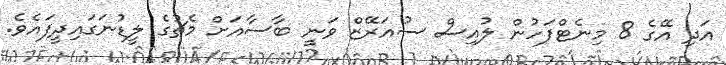
އަދި އޭގެ 8 މިނެޓްފަހުން ލުއިސް ސުއަރޭޒް ވަނީ ބާސާއަށް މެޗުގެ ލީޑުނަގައިދީފައެވެ.